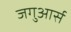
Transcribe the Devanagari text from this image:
जगुआर्स